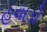
હવાડો